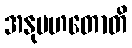
အနုပဟတောတိ